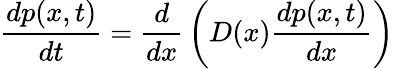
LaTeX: {\frac{dp(x,t)}{dt}}={\frac{d}{dx}}\left(D(x){\frac{dp(x,t)}{dx}}\right)